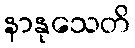
နာနုသေတိ